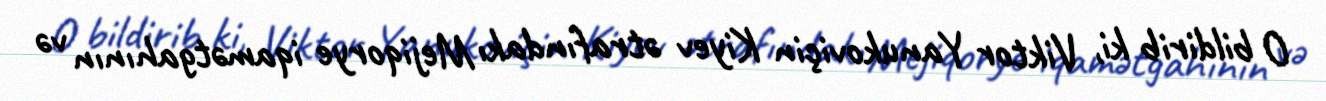
O bildirib ki, Viktor Yanukoviçin Kiyev ətrafındakı Mejiqorye iqamətgahının və